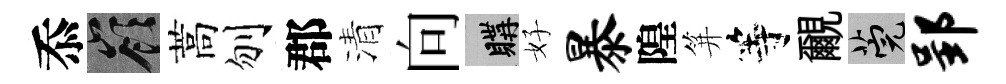
忝嶺蒿刎郡清向購好暴隍笄等覼筦郢